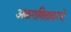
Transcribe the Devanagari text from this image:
अंकगणितावरचे